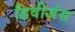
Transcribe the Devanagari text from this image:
डिवीजंस